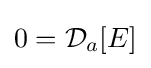
0={\mathcal {D}}_{a}[E]